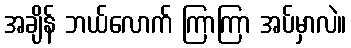
အချိန် ဘယ်လောက် ကြာကြာ အပ်မှာလဲ။